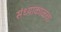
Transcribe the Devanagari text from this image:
संध्याकाळचा